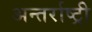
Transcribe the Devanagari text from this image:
अन्तर्राष्ट्री